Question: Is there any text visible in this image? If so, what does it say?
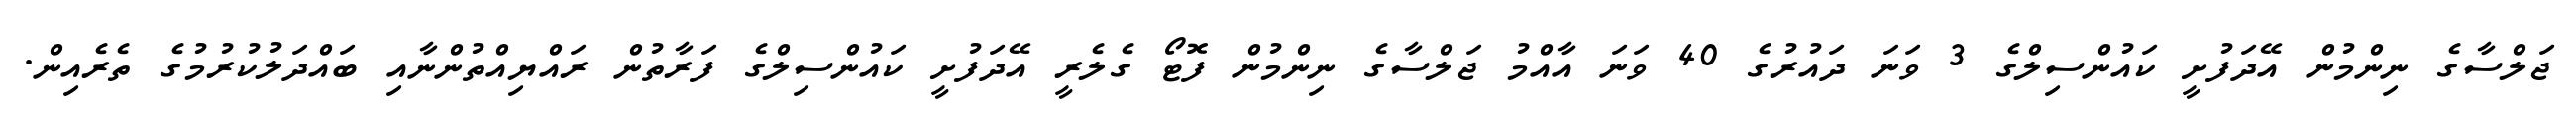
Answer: ޖަލްސާގެ ނިންމުން އޭދަފުށީ ކައުންސިލްގެ 3 ވަނަ ދައުރުގެ 40 ވަނަ އާއްމު ޖަލްސާގެ ނިންމުން ފޮޓޯ ގެލެރީ އޭދަފުށީ ކައުންސިލްގެ ފަރާތުން ރައްޔިއްތުންނާއި ބައްދަލުކުރުމުގެ ތެރެއިން.